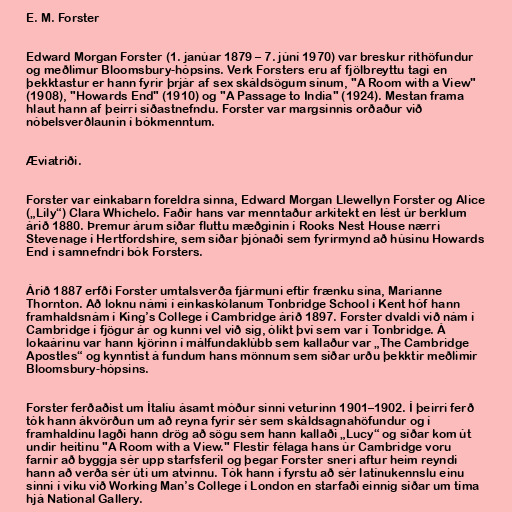
E. M. Forster

Edward Morgan Forster (1. janúar 1879 – 7. júní 1970) var breskur rithöfundur
og meðlimur Bloomsbury-hópsins. Verk Forsters eru af fjölbreyttu tagi en
þekktastur er hann fyrir þrjár af sex skáldsögum sínum, "A Room with a View"
(1908), "Howards End" (1910) og "A Passage to India" (1924). Mestan frama
hlaut hann af þeirri síðastnefndu. Forster var margsinnis orðaður við
nóbelsverðlaunin í bókmenntum.

Æviatriði.

Forster var einkabarn foreldra sinna, Edward Morgan Llewellyn Forster og Alice
(„Lily“) Clara Whichelo. Faðir hans var menntaður arkitekt en lést úr berklum
árið 1880. Þremur árum síðar fluttu mæðginin í Rooks Nest House nærri
Stevenage í Hertfordshire, sem síðar þjónaði sem fyrirmynd að húsinu Howards
End í samnefndri bók Forsters.

Árið 1887 erfði Forster umtalsverða fjármuni eftir frænku sína, Marianne
Thornton. Að loknu námi í einkaskólanum Tonbridge School í Kent hóf hann
framhaldsnám í King’s College í Cambridge árið 1897. Forster dvaldi við nám í
Cambridge í fjögur ár og kunni vel við sig, ólíkt því sem var í Tonbridge. Á
lokaárinu var hann kjörinn í málfundaklúbb sem kallaður var „The Cambridge
Apostles“ og kynntist á fundum hans mönnum sem síðar urðu þekktir meðlimir
Bloomsbury-hópsins.

Forster ferðaðist um Ítalíu ásamt móður sinni veturinn 1901–1902. Í þeirri ferð
tók hann ákvörðun um að reyna fyrir sér sem skáldsagnahöfundur og í
framhaldinu lagði hann drög að sögu sem hann kallaði „Lucy“ og síðar kom út
undir heitinu "A Room with a View." Flestir félaga hans úr Cambridge voru
farnir að byggja sér upp starfsferil og þegar Forster sneri aftur heim reyndi
hann að verða sér úti um atvinnu. Tók hann í fyrstu að sér latínukennslu einu
sinni í viku við Working Man’s College í London en starfaði einnig síðar um tíma
hjá National Gallery.